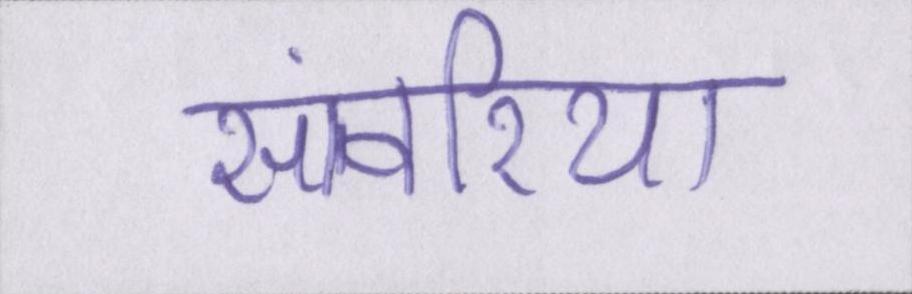
सांवरिया